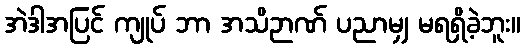
အဲဒါအပြင် ကျုပ် ဘာ အသိဉာဏ် ပညာမျှ မရရှိခဲ့ဘူး။